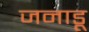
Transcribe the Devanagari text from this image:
जनाडू